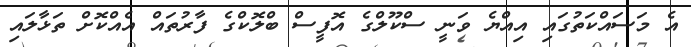
އެ މަސައްކަތުގައި އިއްޔެ ވަނީ ސްކޫލްގެ އޮފީސް ބްލޮކްގެ ފާރުތައް އެއްކޮށް ތަޅާލައި